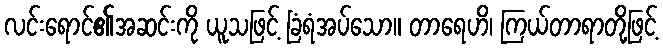
လင်းရောင်၏အဆင်းကို ယူသဖြင့် ခြံရံအပ်သော။ တာရေဟိ၊ ကြယ်တာရာတို့ဖြင့်